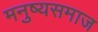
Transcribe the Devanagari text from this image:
मनुष्यसमाज